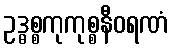
ဥဒ္ဓစ္စကုကုစ္စနီဝရဏံ